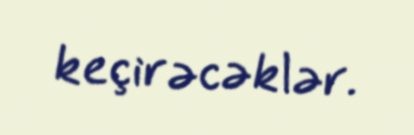
keçirəcəklər.